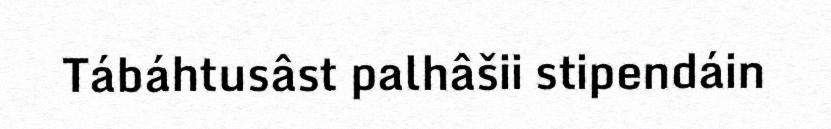
Tábáhtusâst palhâšii stipendáin